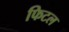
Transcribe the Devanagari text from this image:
फिटल